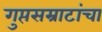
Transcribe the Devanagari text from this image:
गुप्तसम्राटांचा